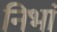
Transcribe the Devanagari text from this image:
निभां